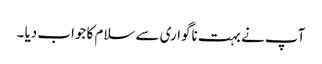
آپ نے بہت ناگواری سے سلام کا جواب دیا ۔